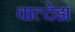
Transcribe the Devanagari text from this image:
वाल्देझ